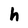
Character: h